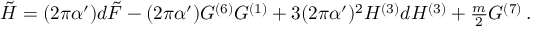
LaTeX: \tilde { H } = ( 2 \pi \alpha ^ { \prime } ) d \tilde { \cal F } - ( 2 \pi \alpha ^ { \prime } ) G ^ { ( 6 ) } { \cal G } ^ { ( 1 ) } + 3 ( 2 \pi \alpha ^ { \prime } ) ^ { 2 } { \cal H } ^ { ( 3 ) } d { \cal H } ^ { ( 3 ) } + { \textstyle \frac { m } { 2 } } { \cal G } ^ { ( 7 ) } \, .